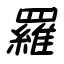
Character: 羅